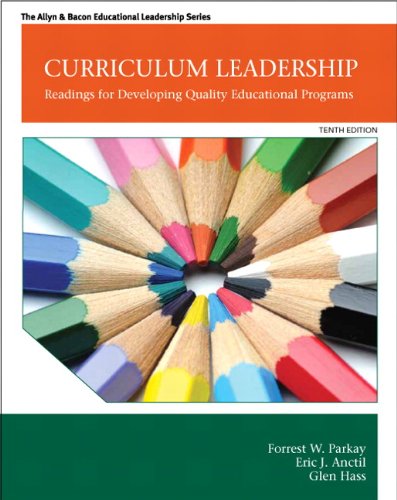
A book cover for Curriculum Leadership: Readings for Developing Quality Educational Programs (10th Edition) (New 2013 Curriculum & Instruction Titles); Forrest W. Parkay; Education & Teaching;